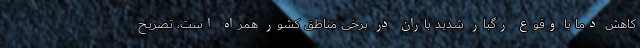
کاهش دما با وقوع رگبار شدید باران در برخی مناطق کشور همراه است، تصریح